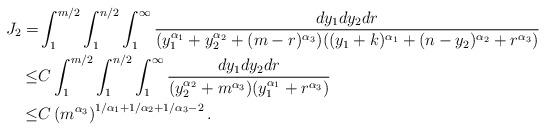
LaTeX: \begin{align*}J_2=&\int_1^{m/2}\int_1^{n/2}\int_{1}^{\infty}\frac{dy_1dy_2dr}{(y_1^{\alpha_1}+y_2^{\alpha_2}+(m-r)^{\alpha_3})((y_1+k)^{\alpha_1}+(n-y_2)^{\alpha_2}+r^{\alpha_3})}\\\leq& C\int_1^{m/2}\int_1^{n/2}\int_{1}^{\infty}\frac{dy_1dy_2dr}{(y_2^{\alpha_2}+m^{\alpha_3})(y_1^{\alpha_1}+r^{\alpha_3})}\\\leq& C \left(m^{\alpha_3}\right)^{1/\alpha_1+1/\alpha_2+1/\alpha_3-2}.\end{align*}